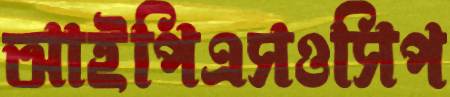
আইপিএসওসিপ